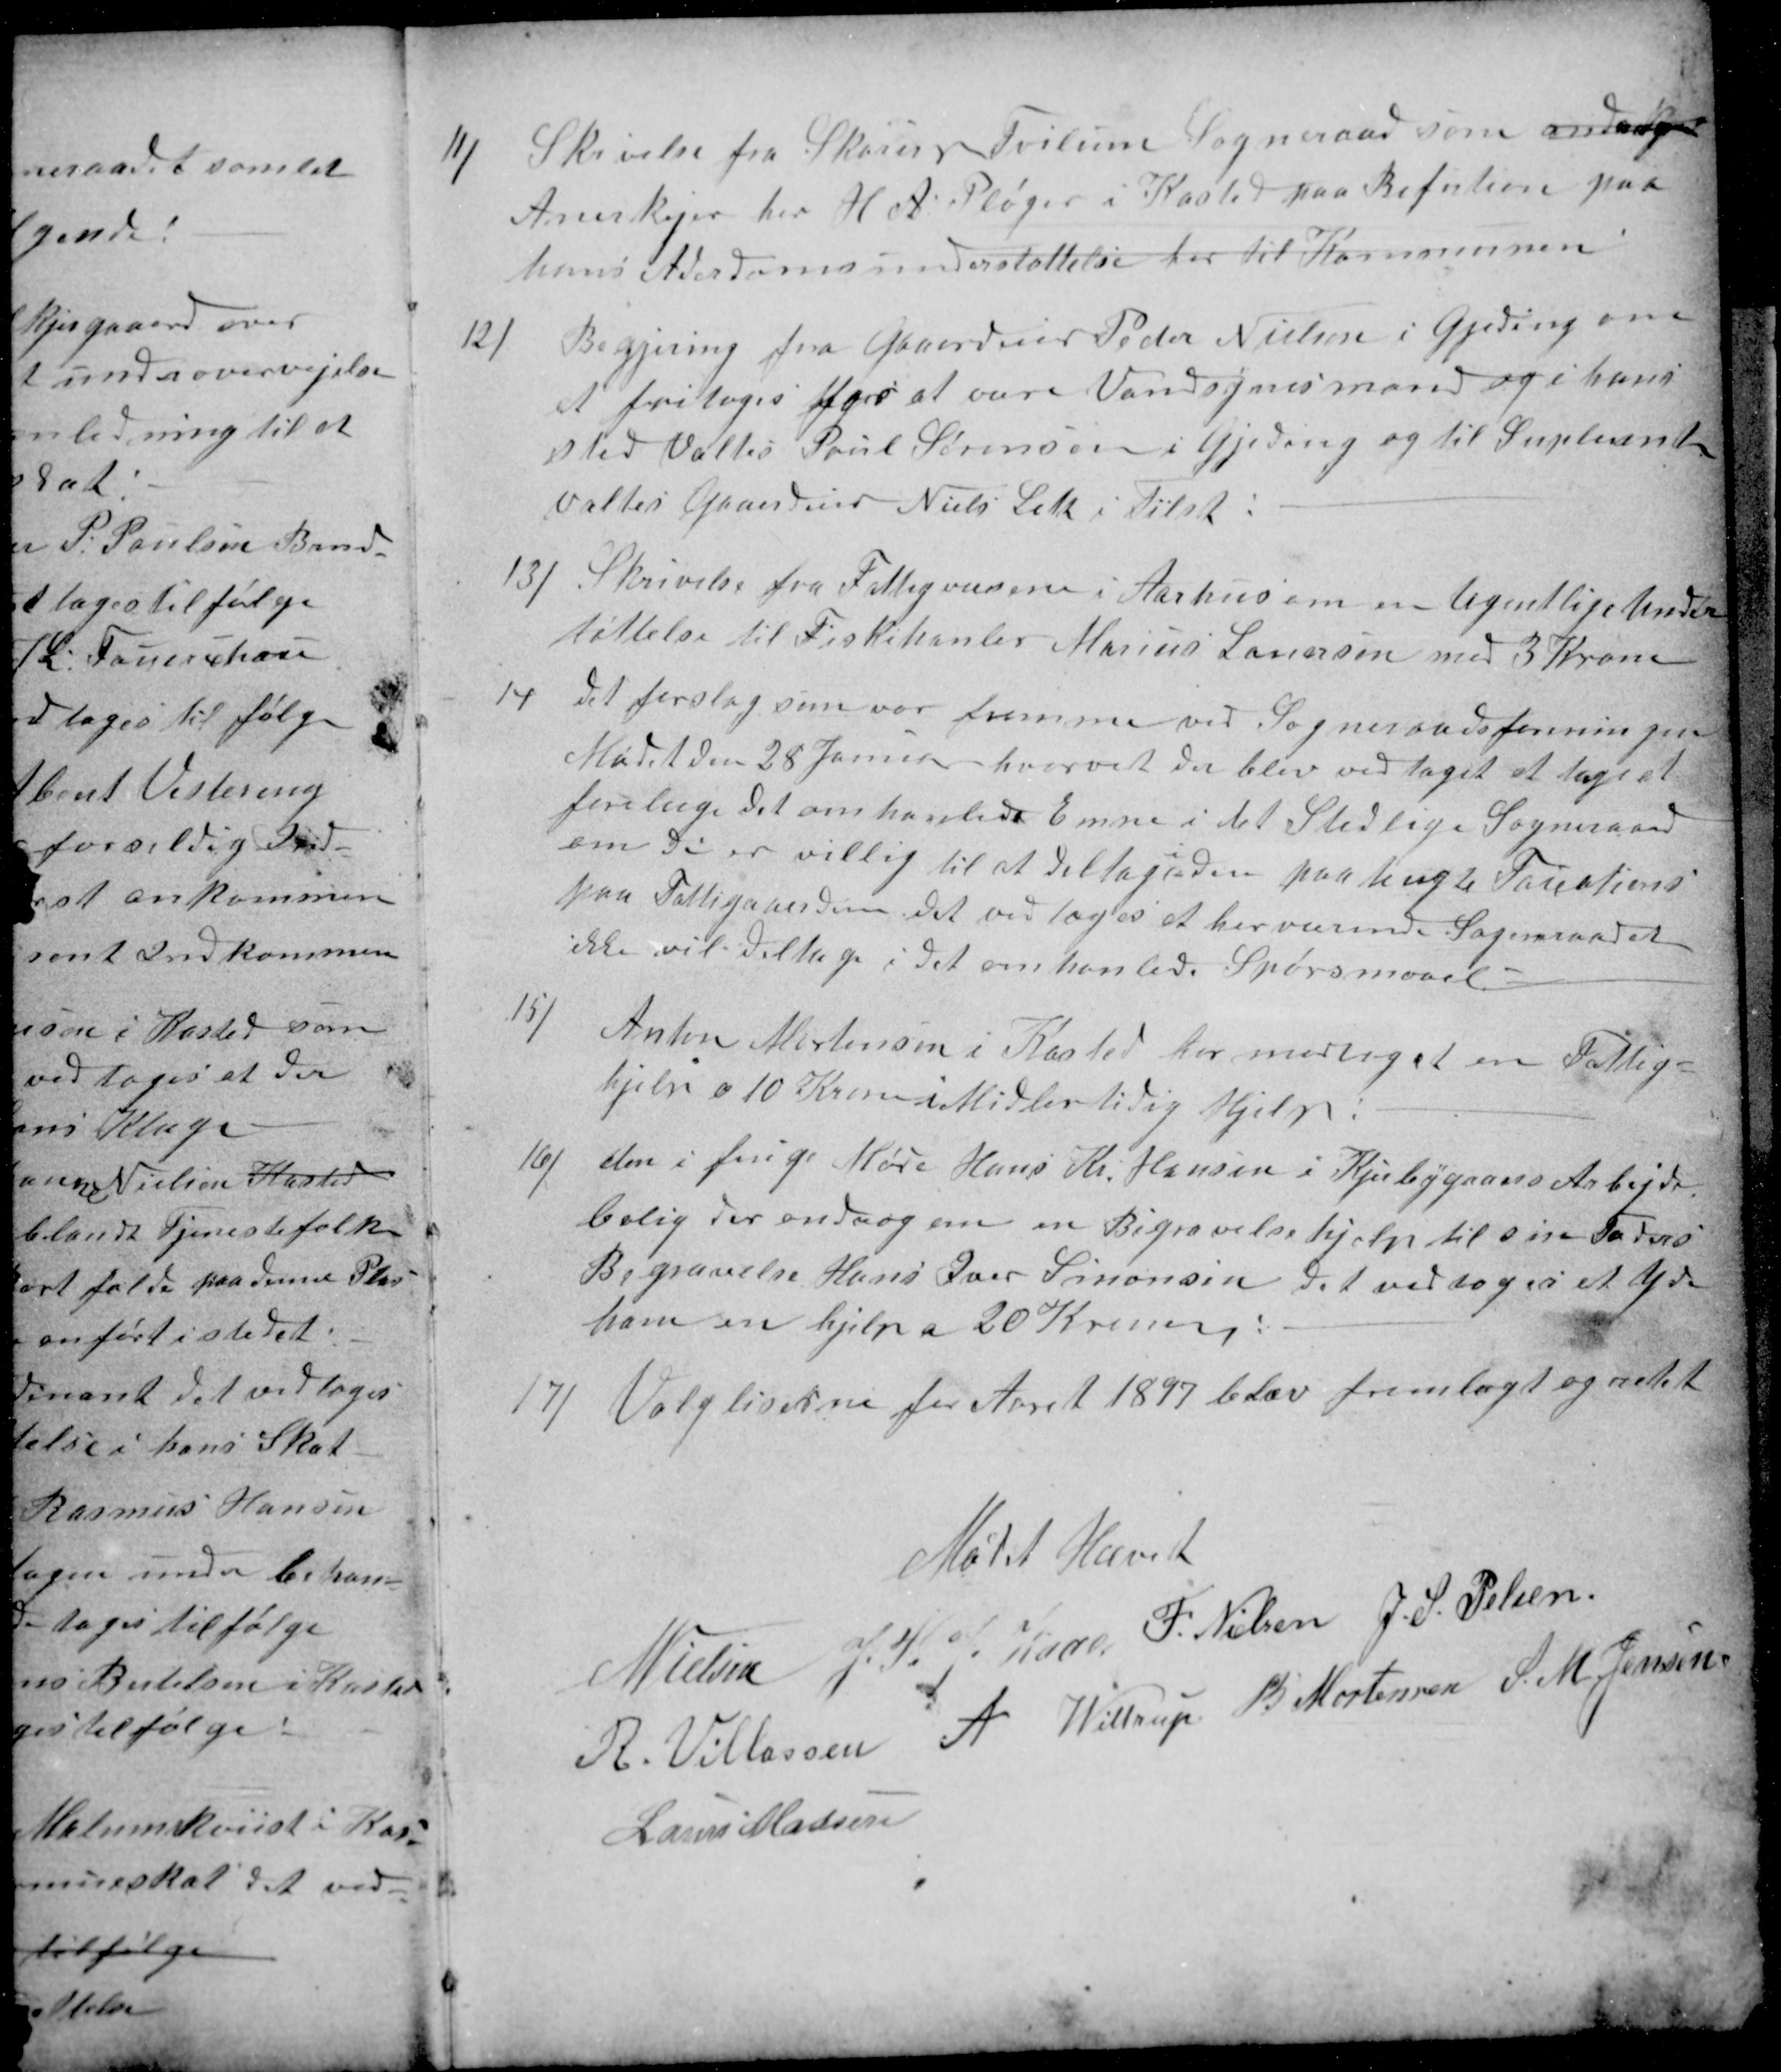
Transskription:
11/
Skrivelse fra Skorup Tvilum Sogneraad som andrager
Anerkejer her H A: Pløger i Kasted paa Refution paa
hans Alderdomsunderstøttelse her til Kommunen
12/
Begjering fra Gaardeier Peder Nielsen i Gjeding om
at fritages for at være Vandsynsmand og i hans
sted Valtes Poul Sørensen i Gjeding og til Supleant
valtes Gaardeier Niels Leth i Tilst!
13/
Skrivelse fra Fattigvæsenei Aarhus om en Ugentlige Under
tøttelse til Fiskehanler Marius Lauersen med 3 Kroner
14
det forslag som var fremme ved Sogneraadsforeningen
Mødet den 28 Januar hvorved der blev vedtaget at tage et
forslag. Det omhandlede Emne i det Stedlige Sogneraad
om di er villig til at deltage
i
den paatengte Faustions
paa Fattigaarden, det vedtoges at herværende Sogneraadet
ikke vil deltage i det omhanlede Spørsmaael.
15/
Anton Mortensen i Kasted har modtaget en Fattig-
hjelp a 10 Kroner Midlertidig Hjelp!
16)
den i forige Møde Hans Kr. Hansen i Kjerbygaars Arbejds-
bolig der androg om en Begravelsehjælp til sin Faders
Begravelse Hans Iver Simonsen det vedtoges at yde
ham en hjelp a 20 Kroner:
17/ 
Valgliserne for Aaret 1897 blev fremlagt og rettet
Mødet Hævet
N Nielsen
J. P. J. Kaae
F. Nielsen
J. S. Pelsen
R. Villassen
A Wittrup
B Mortensen
S. M. Jensen
Laurs Madsen